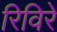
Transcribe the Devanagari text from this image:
रिविरे